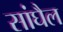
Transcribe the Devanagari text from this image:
सांघैल